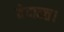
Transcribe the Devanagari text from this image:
वेदान्त।